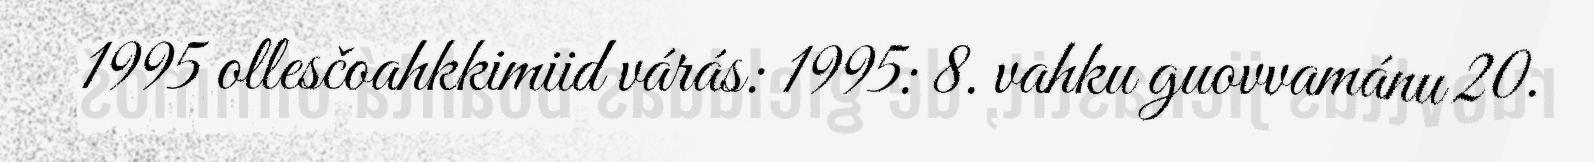
1995 ollesčoahkkimiid várás: 1995: 8. vahku guovvamánu 20.